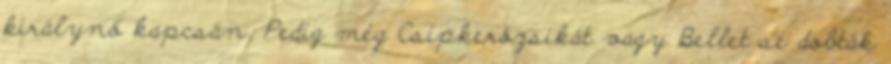
királynő kapcsán. Pedig még Csipkerózsikát vagy Bellet se dobták